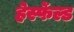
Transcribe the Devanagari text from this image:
हेर्स्फेल्ड